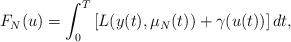
LaTeX: \begin{align*} F_N(u) = \int^T_0 \left[ L(y(t),\mu_N(t)) + \gamma(u(t)) \right] dt,\end{align*}